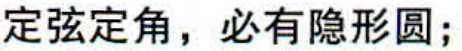
定弦定角，必有隐形圆;